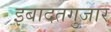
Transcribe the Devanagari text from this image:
इबादतगुजार